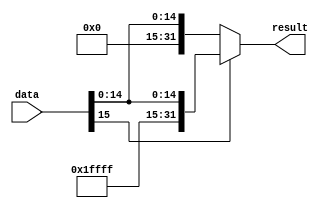
module SignExtend (
    input [15:0]        data, 
    output reg [31:0]   result
);

    /* Inputs declaration */
    wire signed [15:0]  data;

    /* Main function */
    always @(*) begin
        if (data[15] == 1)
            result <= {16'b1111_1111_1111_1111, data};
        else
            result <= {16'b0000_0000_0000_0000, data};
    end

endmodule